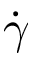
\dot { \gamma }